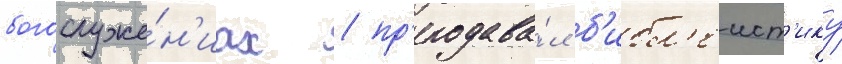
богослуже́н'иах / пр'еподава́л б'ибл'еист'ику